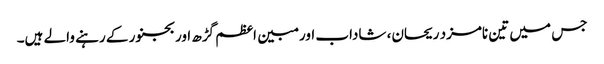
جس میں تین نامزد ریحان، شاداب اور مبین اعظم گڑھ اور بجنور کے رہنے والے ہیں۔